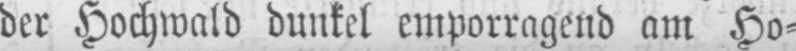
der Hochwald dunkel emporragend am Ho⸗